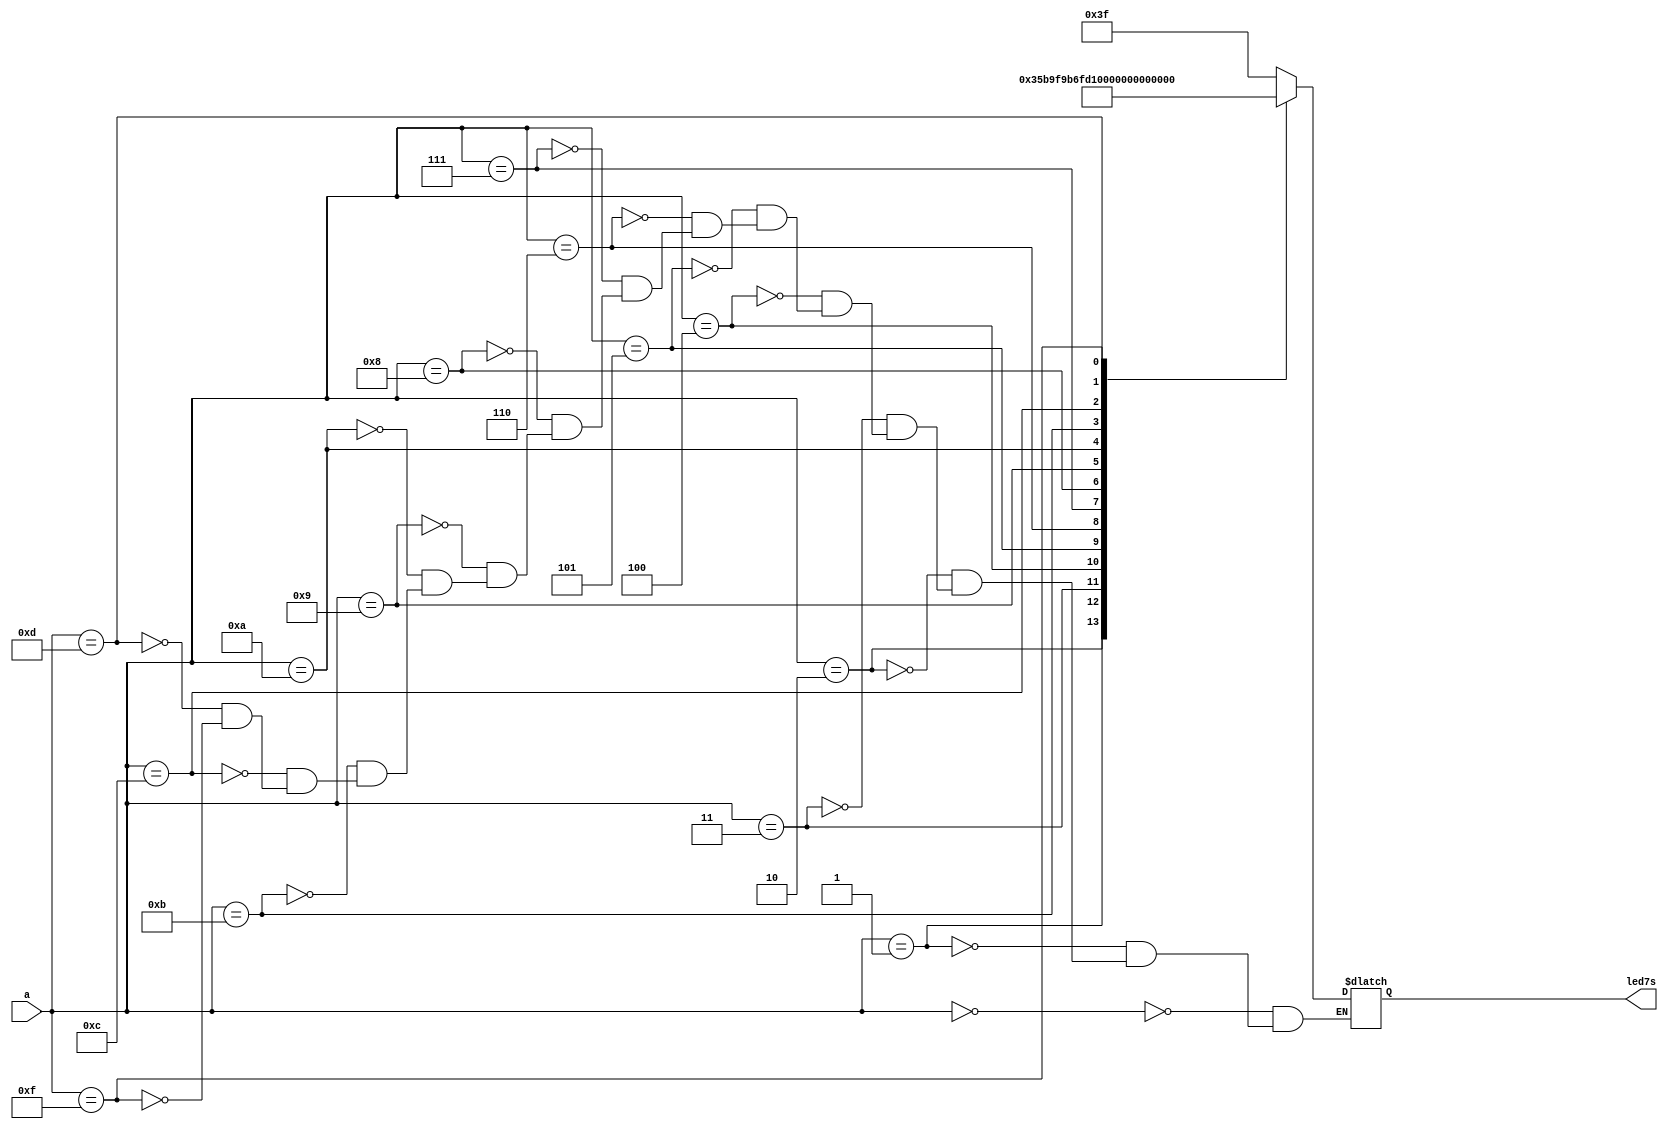
module decl7s_test(a,led7s);
      input [3:0] a;
      output [6:0] led7s;
      reg [6:0] led7s;
always @(a)



begin
case(a)
  4'b0000: led7s=7'b0111111;
  4'b0001: led7s=7'b0000110;
  4'b0010: led7s=7'b1011011;
  4'b0011: led7s=7'b1001111;
  4'b0100: led7s=7'b1100110;
  4'b0101: led7s=7'b1101101;
  4'b0110: led7s=7'b1111101;
  4'b0111: led7s=7'b0000111;
  4'b1000: led7s=7'b1111111;
  4'b1001: led7s=7'b1101111;
  4'b1010: led7s=7'b1110111;
  4'b1011: led7s=7'b1111100;
  4'b1100: led7s=7'b0111001;
  4'b1101: led7s=7'b1011110;
  4'b1111: led7s=7'b1110001;
endcase
end 


endmodule